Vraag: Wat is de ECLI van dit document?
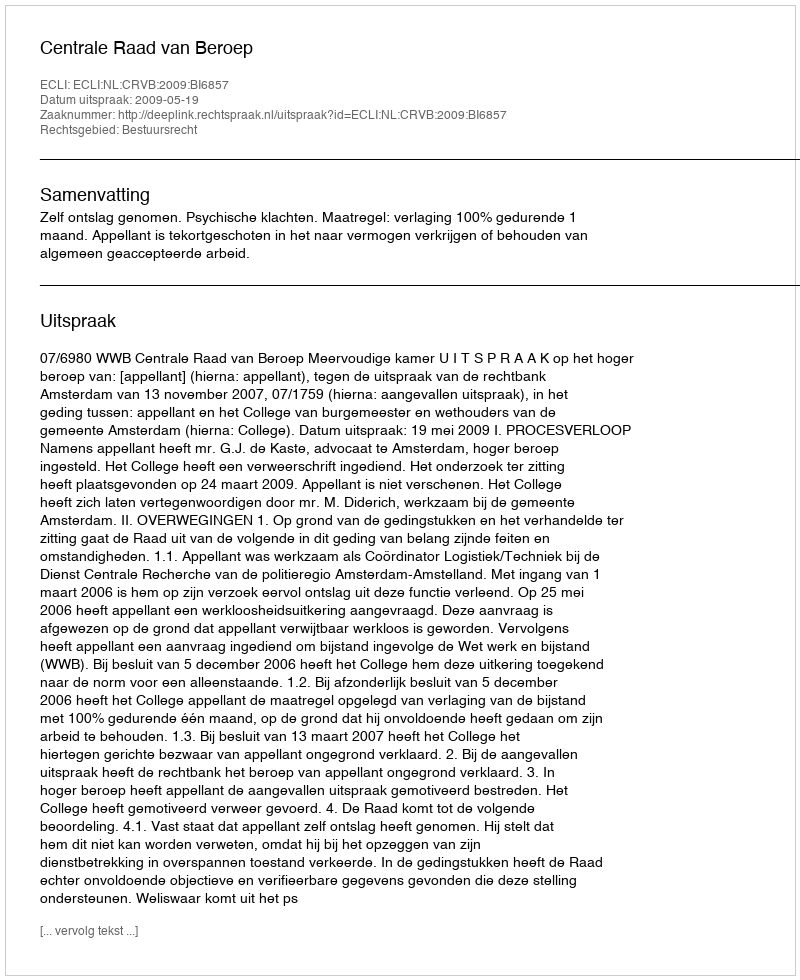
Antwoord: ECLI:NL:CRVB:2009:BI6857